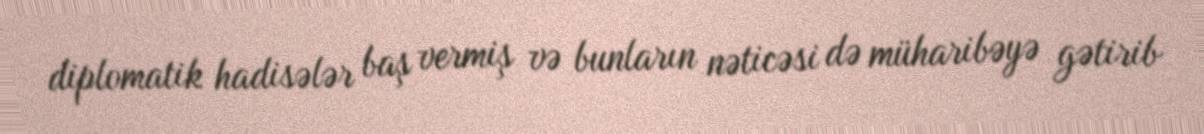
diplomatik hadisələr baş vermiş və bunların nəticəsi də müharibəyə gətirib